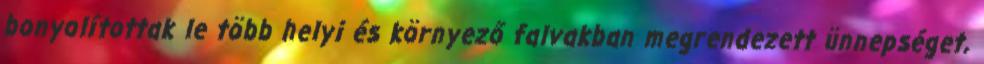
bonyolítottak le több helyi és környező falvakban megrendezett ünnepséget,